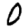
Digit: 0